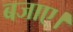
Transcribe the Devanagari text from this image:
बजाए।